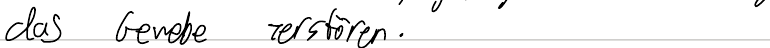
das Gewebe zerstören.